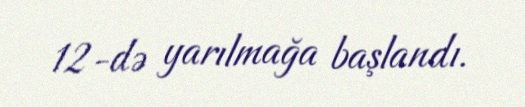
12-də yarılmağa başlandı.